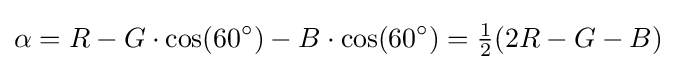
\alpha =R-G\cdot \cos(60^{\circ })-B\cdot \cos(60^{\circ })={\tfrac {1}{2}}(2R-G-B)